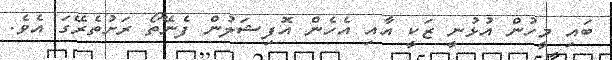
ބައި މީހުން އުޅުނީ ޒަކީ އާއި އެހެން އޮފިޝަލުން ފެނޭތޯ ރަށުތެރޭގަ އެވެ.